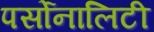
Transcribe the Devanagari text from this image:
पर्सोनालिटी